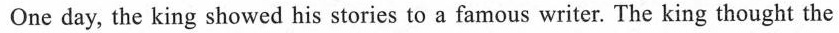
One day, the king showed his stories to a famous writer. The king thought the